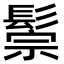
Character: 鬃